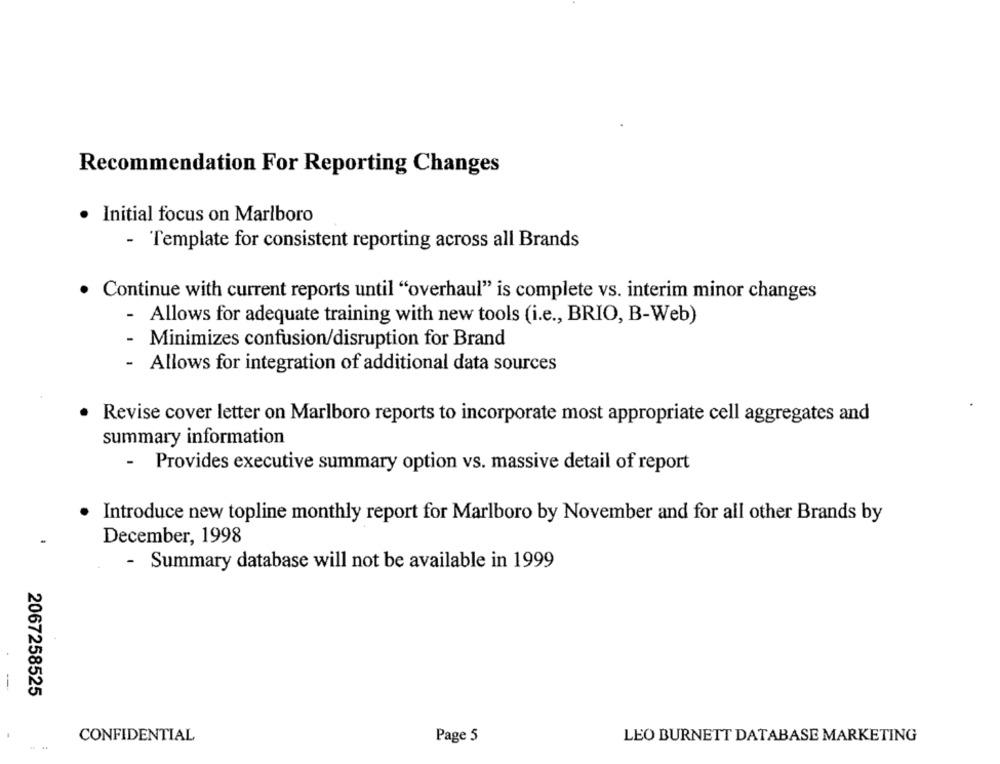
Recommendation For Reporting Changes
· Initial focus on Marlboro
- Template for consistent reporting across all Brands
Continue with current reports until "overhaul" is complete vs. interim minor changes
- Allows for adequate training with new tools (i.e ., BRIO, B-Web)
- Minimizes confusion/disruption for Brand
- Allows for integration of additional data sources
Revise cover letter on Marlboro reports to incorporate most appropriate cell aggregates and
summary information
- Provides executive summary option vs. massive detail of report
Introduce new topline monthly report for Marlboro by November and for all other Brands by
December, 1998
- Summary database will not be available in 1999
-
2067258525
CONFIDENTIAL
Page 5
LEO BURNETT DATABASE MARKETING